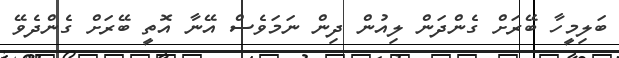
ބަލިމީހާ ބޭރަށް ގެންދަން ލިއުން ދިން ނަމަވެސް އޭނާ އޮތީ ބޭރަށް ގެންދެވޭ